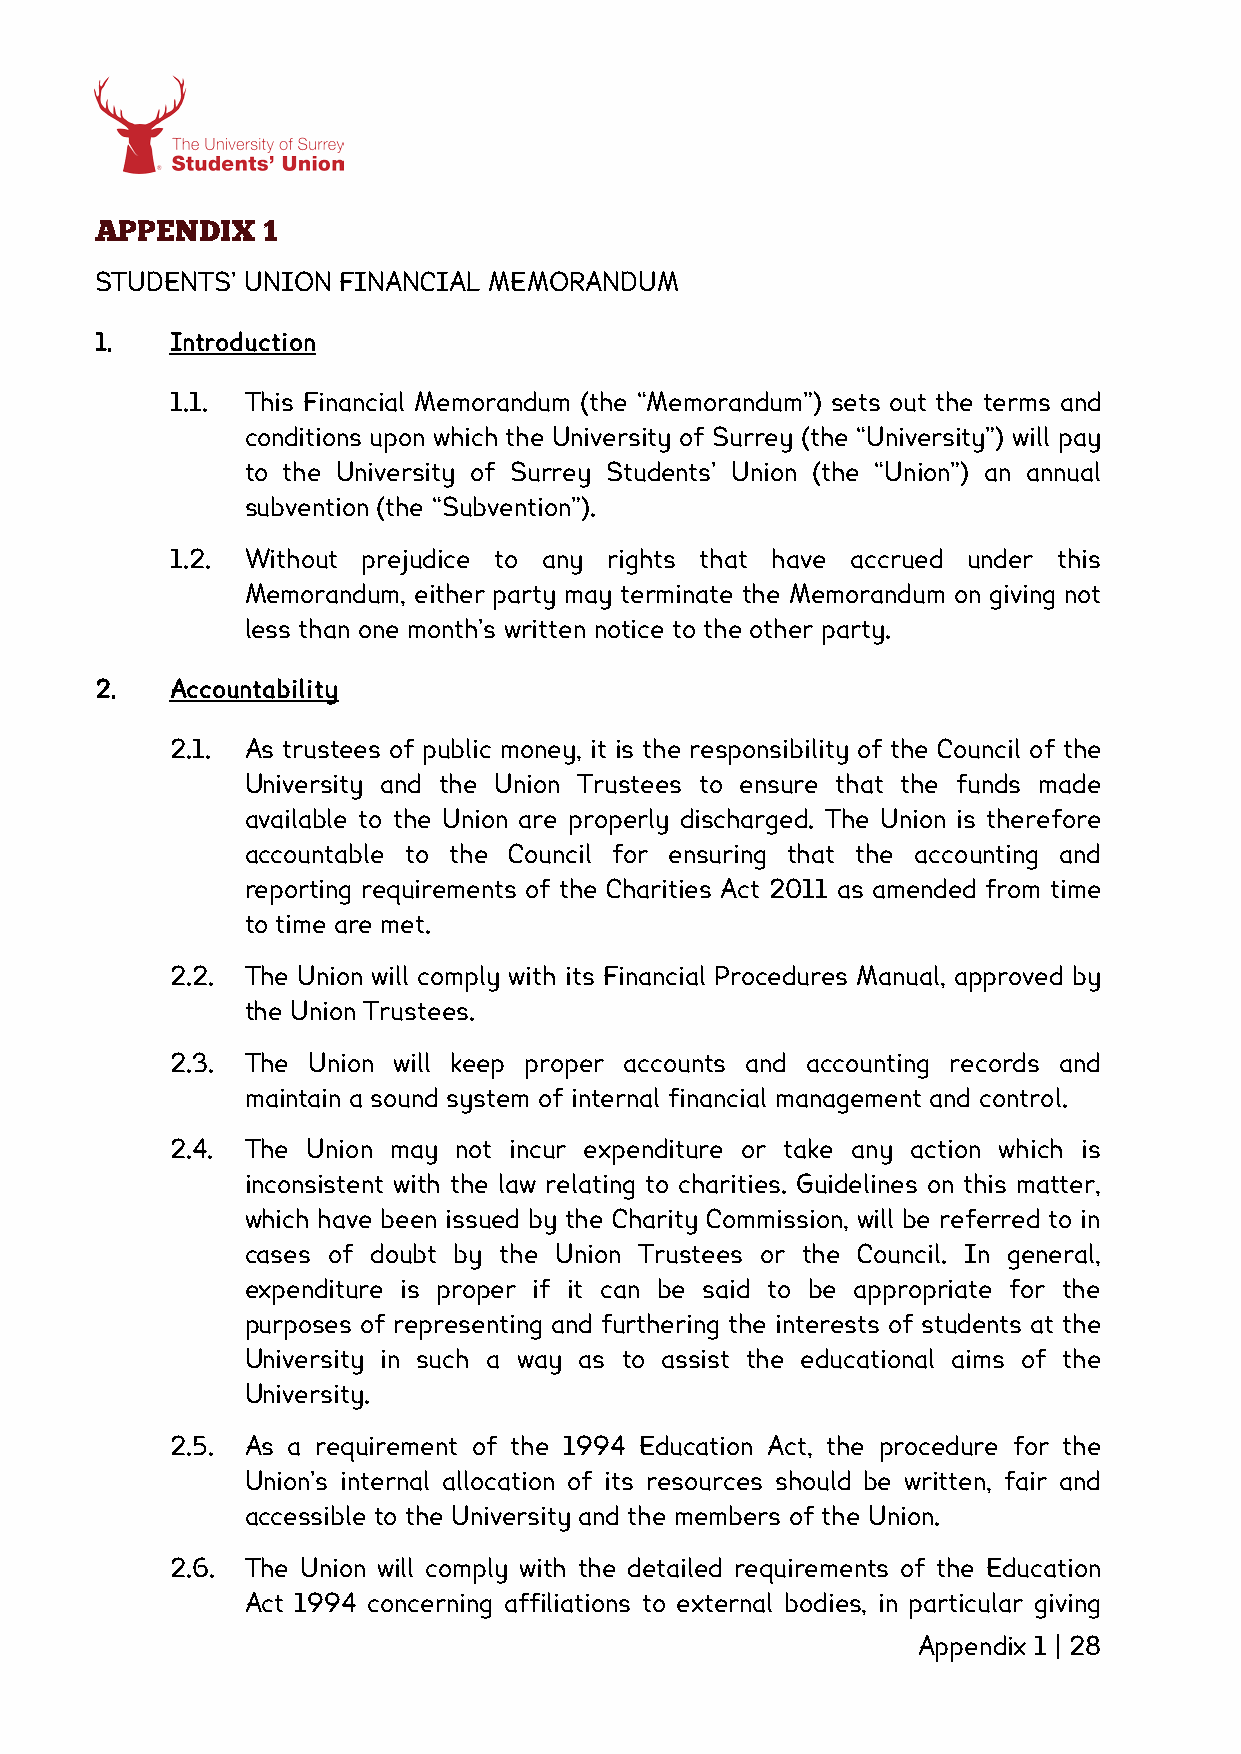
APPENDIX   1
 STUDENTS’ UNION FINANCIAL MEMORANDUM
 1.   Introduction
 1.1. This Financial Memorandum (the “Memorandum”) sets out the terms and
 conditions upon which the University of Surrey (the “University”) will pay
 to the University of Surrey Students’ Union (the “Union”) an annual
 subvention (the “Subvention”).
 1.2. Without prejudice to any rights that have accrued under this
 Memorandum, either party may terminate the Memorandum on giving not
 less than one month’s written notice to the other party.
 2.   Accountability
 2.1. As trustees of public money, it is the responsibility of the Council of the
 University and the Union Trustees to ensure that the funds made
 available to the Union are properly discharged. The Union is therefore
 accountable to the Council for ensuring that the accounting and
 reporting requirements of the Charities Act 2011 as amended from time
 to time are met.
 2.2. The Union will comply with its Financial Procedures Manual, approved by
 the Union Trustees.
 2.3. The Union will keep proper accounts and accounting records and
 maintain a sound system of internal financial management and control.
 2.4. The Union may not incur expenditure or take any action which is
 inconsistent with the law relating to charities. Guidelines on this matter,
 which have been issued by the Charity Commission, will be referred to in
 cases of doubt by the Union Trustees or the Council. In general,
 expenditure is proper if it can be said to be appropriate for the
 purposes of representing and furthering the interests of students at the
 University in such a way as to assist the educational aims of the
 University.
 2.5. As a requirement of the 1994 Education Act, the procedure for the
 Union’s internal allocation of its resources should be written, fair and
 accessible to the University and the members of the Union.
 2.6. The Union will comply with the detailed requirements of the Education
 Act 1994 concerning affiliations to external bodies, in particular giving
 Appendix 1 | 28